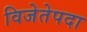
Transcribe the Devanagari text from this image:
विजेतेपदा